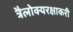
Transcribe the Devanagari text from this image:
त्रैलोक्यरक्षाकरी